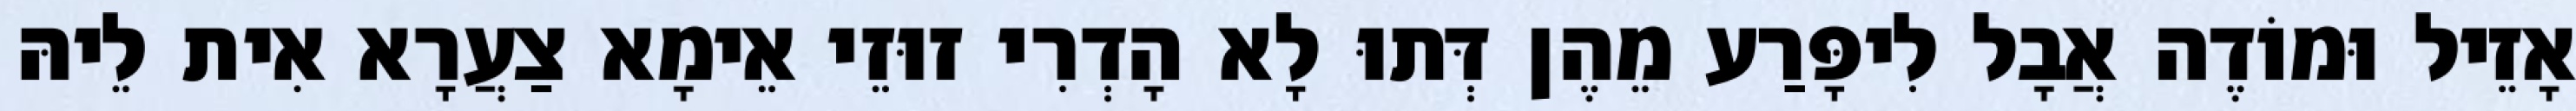
אָזֵיל וּמוֹדֶה אֲבָל לִיפָּרַע מֵהֶן דְּתוּ לָא הָדְרִי זוּזֵי אֵימָא צַעֲרָא אִית לֵיהּ